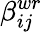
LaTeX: \beta_{ij}^{wr}